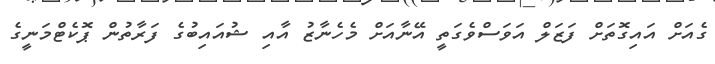
ގެއަށް އައިގޮތަށް ފަޒަލް އަވަސްވެގަތީ އޭނާއަށް މެހެނާޒު އާއި ޝުއައިބުގެ ފަރާތުން ޕޮކެޓްމަނީގެ